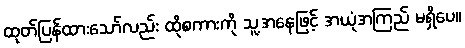
ထုတ်ပြန်ထားသော်လည်း ထိုစကားကို သူ့အနေဖြင့် အယုံအကြည် မရှိပေ။